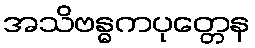
အသိဗန္ဓကပုတ္တေန